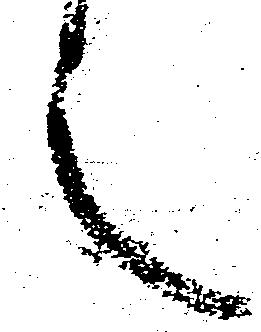
言